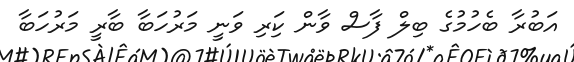
އަބުރާ ބެހުމުގެ ބިލް ފާސް ވާން ކަިރި ވަނީ މަރުހަބާ ބާރީ މަރުހަބާ